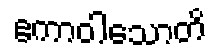
ဧကာဝါသောတိ